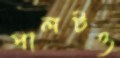
পালটও